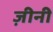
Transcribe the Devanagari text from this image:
ज़ीनी